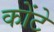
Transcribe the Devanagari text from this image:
कोंटे